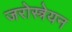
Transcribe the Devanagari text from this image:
जरोस्त्रेयन